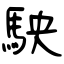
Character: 駚